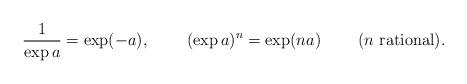
LaTeX: \begin{align*}\frac 1{\exp a} = \exp(-a),\;\;\;\;\;\;\;\;(\exp a)^n = \exp (na)\;\;\;\;\;\;\;\;(n \mbox{ rational}).\end{align*}